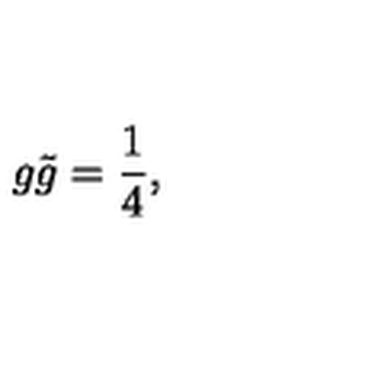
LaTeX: g \tilde { g } = \frac { 1 } { 4 } ,